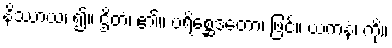
နိဿာယ၊ ၍။ ဌိတံ၊ ၏။ ပရိစ္ဆေဒတော၊ ဖြင့်။ ယကနံ၊ ကို။